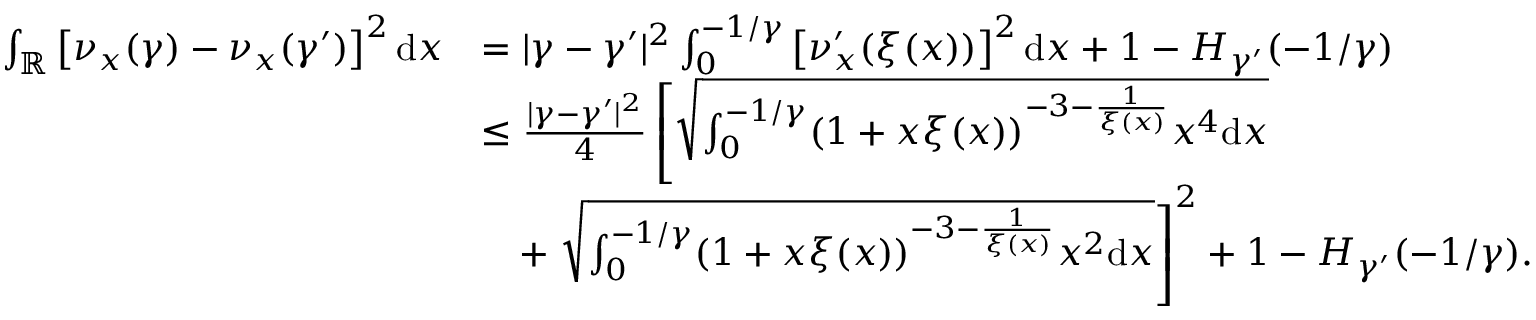
\begin{array} { r l } { \int _ { \mathbb { R } } \left[ \nu _ { x } ( \gamma ) - \nu _ { x } ( \gamma ^ { \prime } ) \right] ^ { 2 } \mathrm { d } x } & { = \vert \gamma - \gamma ^ { \prime } \vert ^ { 2 } \int _ { 0 } ^ { - 1 / \gamma } \left[ \nu _ { x } ^ { \prime } ( \xi ( x ) ) \right] ^ { 2 } \mathrm { d } x + 1 - H _ { \gamma ^ { \prime } } ( - 1 / \gamma ) } \\ & { \leq \frac { \vert \gamma - \gamma ^ { \prime } \vert ^ { 2 } } { 4 } \left[ \sqrt { \int _ { 0 } ^ { - 1 / \gamma } ( 1 + x \xi ( x ) ) ^ { - 3 - \frac { 1 } { \xi ( x ) } } x ^ { 4 } \mathrm { d } x } \right. } \\ & { \quad + \left. \sqrt { \int _ { 0 } ^ { - 1 / \gamma } ( 1 + x \xi ( x ) ) ^ { - 3 - \frac { 1 } { \xi ( x ) } } x ^ { 2 } \mathrm { d } x } \right] ^ { 2 } + 1 - H _ { \gamma ^ { \prime } } ( - 1 / \gamma ) . } \end{array}